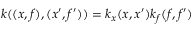
k ( ( x , f ) , ( x ^ { \prime } , f ^ { \prime } ) ) = k _ { x } ( x , x ^ { \prime } ) k _ { f } ( f , f ^ { \prime } )